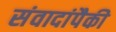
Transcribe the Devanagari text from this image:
संवादांपैकी